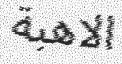
الاھبة